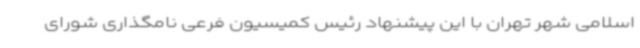
اسلامی شهر تهران با این پیشنهاد رئیس کمیسیون فرعی نامگذاری شورای